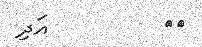
١٨         އަދި